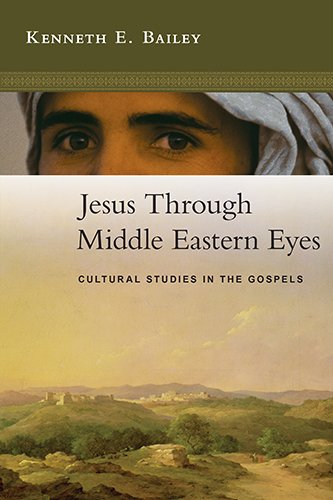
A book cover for Jesus Through Middle Eastern Eyes: Cultural Studies in the Gospels; Kenneth E. Bailey; Biographies & Memoirs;